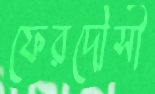
ফেরদৌসী